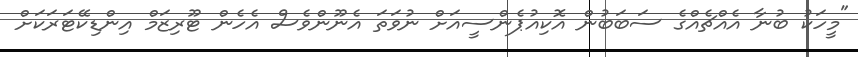
"މީހަކު ބުނާ އެއްޗެއްގެ ސަބަބުން އޮކިއުޕެންސީއަށް ނުވަތަ އެނޫންވެސް އެހެން ޓޫރިޒަމް އިންޑިކޭޓަރަކަށް